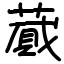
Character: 蕆